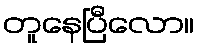
တူနေပြီလော။